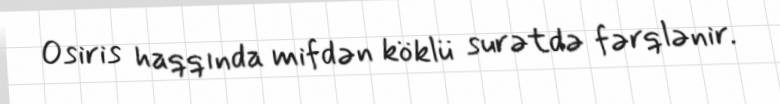
Osiris haqqında mifdən köklü surətdə fərqlənir.